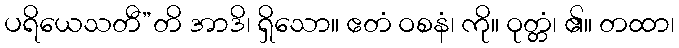
ပရိယေသတီ”တိ အာဒိ၊ ရှိသော။ ဧတံ ဝစနံ၊ ကို။ ဝုတ္တံ၊ ၏။ တထာ၊